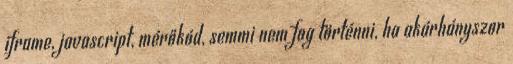
iframe, javascript, mérőkód, semmi nem fog történni, ha akárhányszor